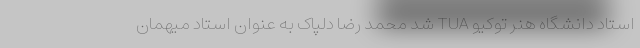
استاد دانشگاه هنر توکیو TUA شد محمد رضا دلپاک به عنوان استاد میهمان